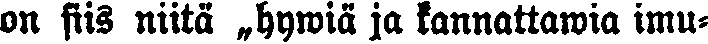
on siis niitä „hywiä ja kannattawia imu-